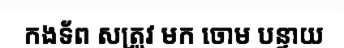
កងទ័ព សត្រូវ មក ចោម បន្ទាយ